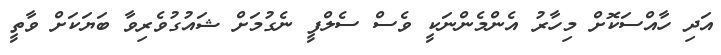
އަދި ހާއްސަކޮށް މިހާރު އެންމެންނަކީ ވެސް ސެލްފީ ނެގުމަށް ޝައުގުވެރިވާ ބަޔަކަށް ވާތީ